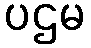
ပဌမ